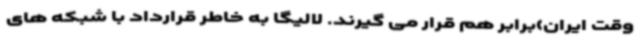
وقت ایران)برابر هم قرار می گیرند. لالیگا به خاطر قرارداد با شبکه های